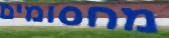
מחסומים